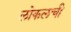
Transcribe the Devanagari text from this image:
लोकलची